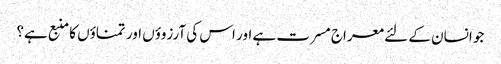
جو انسان کے لئے معراج مسرت ہے اور اس کی آرزوؤں اور تمناؤں کا منبع ہے؟